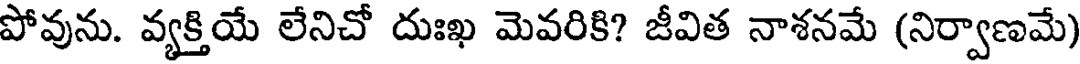
పోవును. వ్యక్తియే లేనిచో దుఃఖ మెవరికి? జీవిత నాశనమే (నిర్వాణమే)